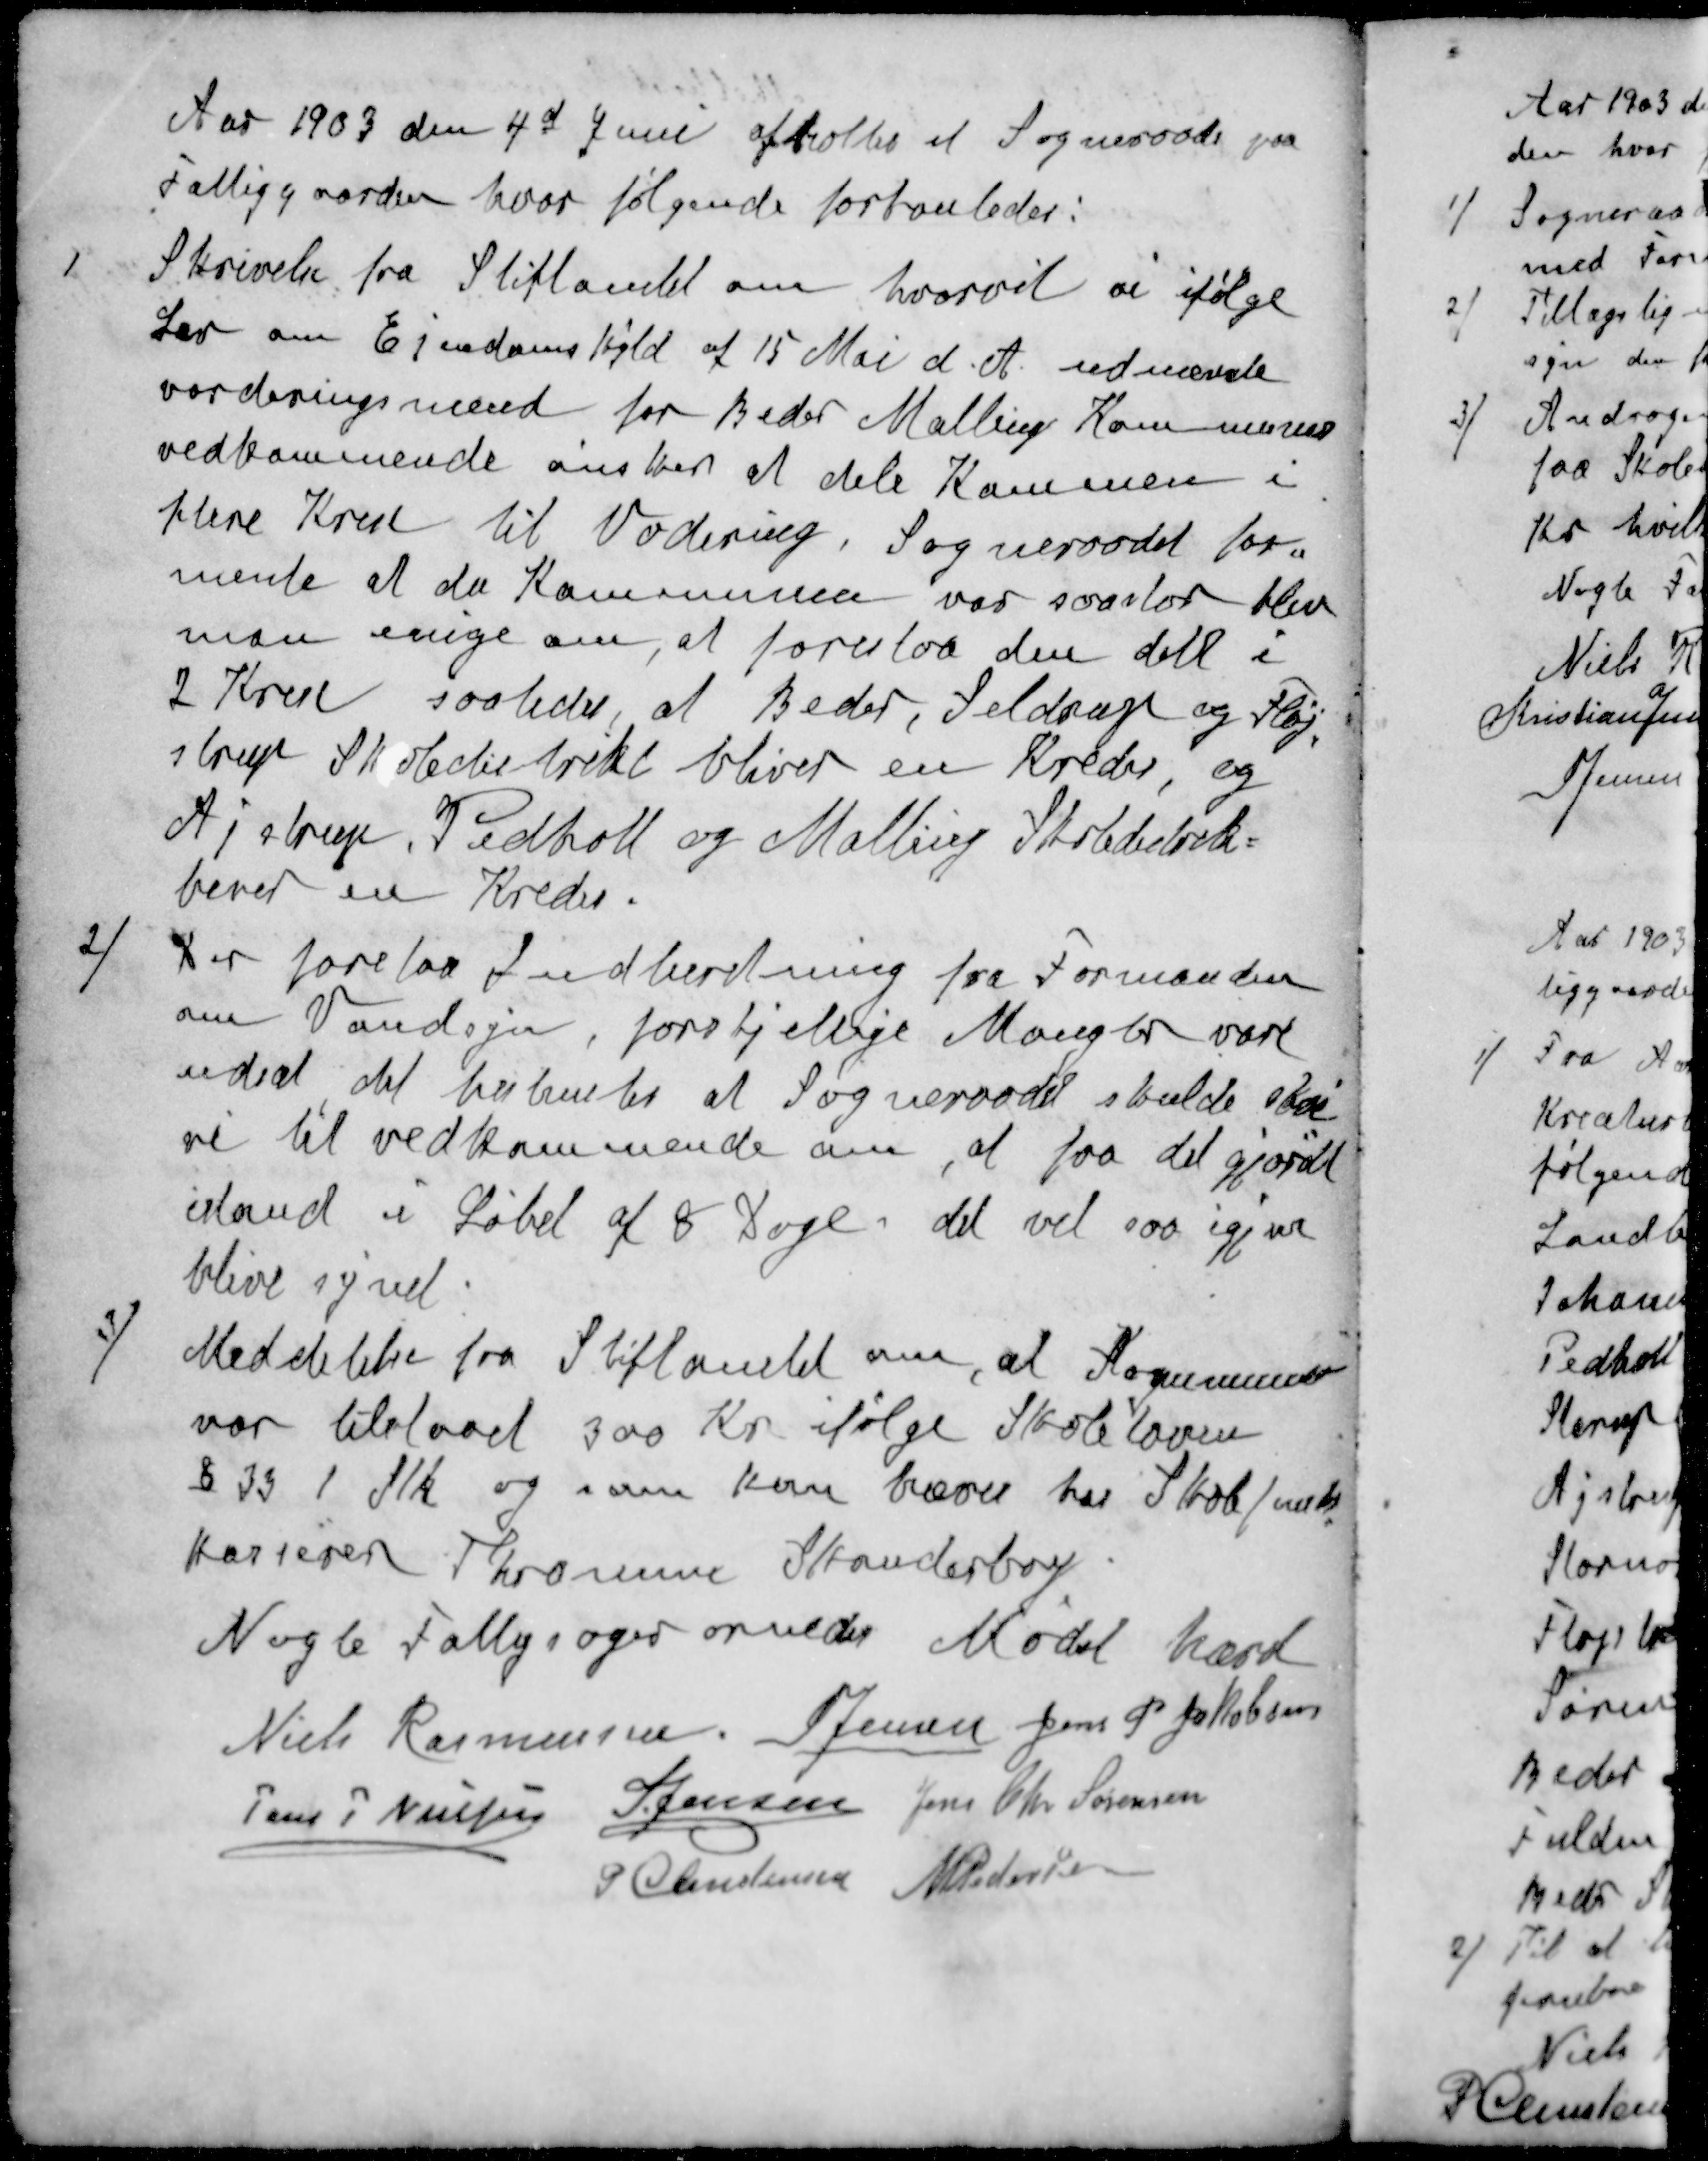
Transskription:
Aar 1903 den 4d Juni afholtes et Sogneraads paa
Fattiggaarden hvor følgende forhanledes:
1 Skrivelse fra Stiftamtet om hvorvit vi ifølge
Lov om Ejendomskyld af 15 Mai d. A. udnævnte
vorderingsmænd for Beder Malling Kommunes
vedkommende ønsker at dele Kommunen i
flere Kred til Vodering. Sogneraadet for-
mente at da Kommunen var saa stor blev
man enige om, at foreslaa den delt i
2 Krese saaledes at Beder, Seldrup og Fløj-
strup Skoledistrikt bliver en kreds, og
Ajstrup Pedholt og Malling Skoledistrik
bever en Kreds.
2 / Der forelaa Indberetning fra Formanden
om Vandsyn, forskjellige Mangler vare
udsat det bestemtes at Sogneraadet skulde skri-
ve til vedkommende om, at faa det gjordt
istand i Løbet af 8 Dage det vil saa igjen
blive synet
3 / Meddelelse fra Stiftamtet om, at Kommunen
var tilstaaet 300 Kr. ifølge Skoleloven
§ 33 1 Stk og som kan hævet hos Skole/
Kasserer Thromme Skanderborg
Nogle Fattigsager ornedes Mødet hævet
Niels Rasmussen
S Jensen
Jens P Jakobsen
Jens P. Nielsen
S Jensen
Jens Chr Sørensen
P Christensen
M Pedersen